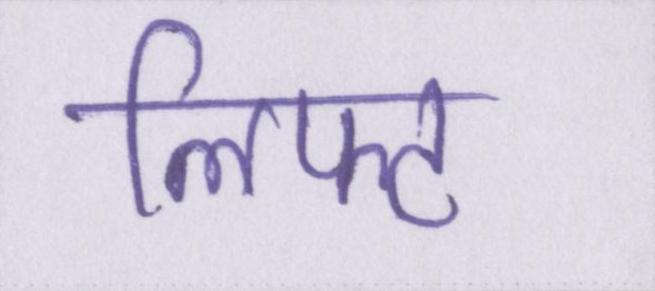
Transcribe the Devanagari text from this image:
लिफ्ट